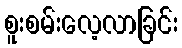
စူးစမ်းလေ့လာခြင်း